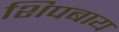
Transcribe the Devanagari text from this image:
शिपबाय